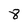
Character: 8